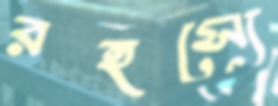
রহস্যে